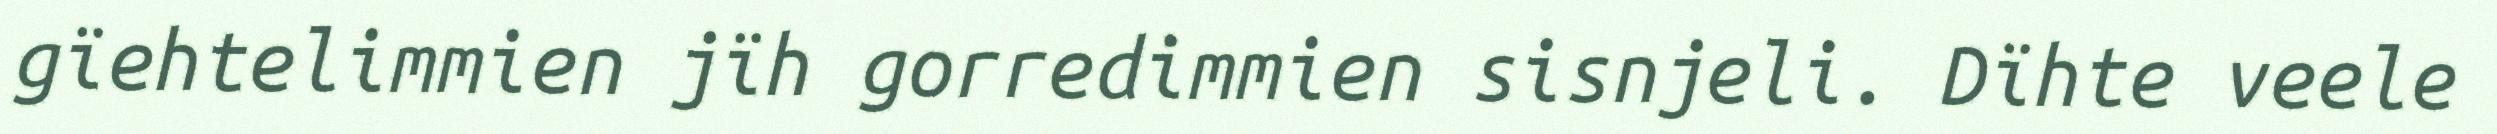
gïehtelimmien jïh gorredimmien sisnjeli. Dïhte veele